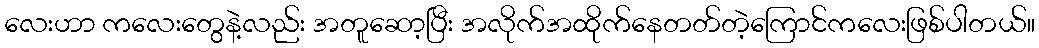
လေးဟာ ကလေးတွေနဲ့လည်း အတူဆော့ပြီး အလိုက်အထိုက်နေတတ်တဲ့ကြောင်ကလေးဖြစ်ပါတယ်။